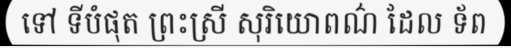
ទៅ ទីបំផុត ព្រះស្រី សុរិយោពណ៌ ដែល ទ័ព